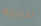
تدريبه